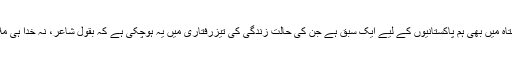
مگرہسپانوی سیستاہ میں بھی ہم پاکستانیوں کے لیے ایک سبق ہے جن کی حالت زندگی کی تیزرفتاری میں یہ ہوچکی ہے کہ بقول شاعر، نہ خدا ہی ملا نہ وصال صنم!